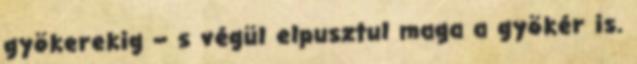
gyökerekig – s végül elpusztul maga a gyökér is.